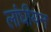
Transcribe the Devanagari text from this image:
लांघीयन